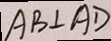
A B \bot A D